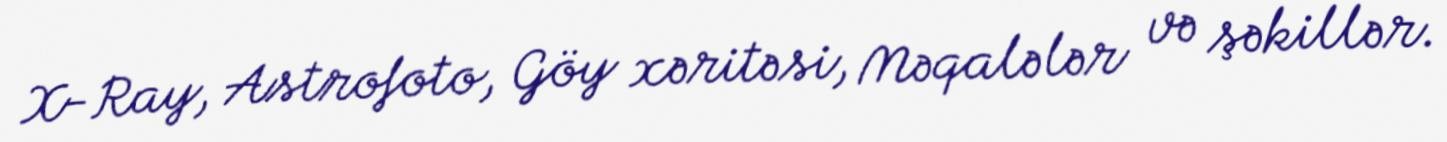
X-Ray, Astrofoto, Göy xəritəsi, Məqalələr və şəkillər.